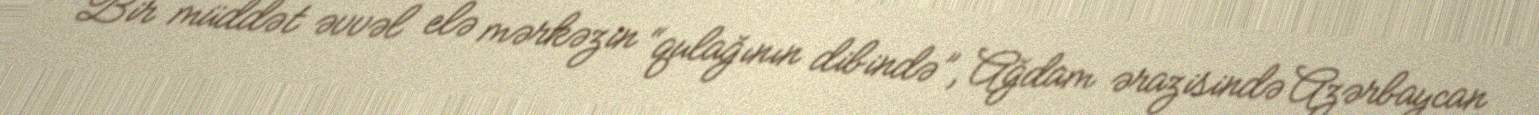
Bir müddət əvvəl elə mərkəzin “qulağının dibində”, Ağdam ərazisində Azərbaycan